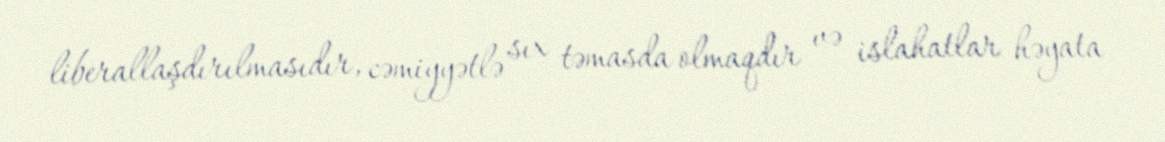
liberallaşdırılmasıdır, cəmiyyətlə sıx təmasda olmaqdır və islahatlar həyata